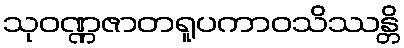
သုဝဏ္ဏဇာတရူပကာဝသိဿန္တိ